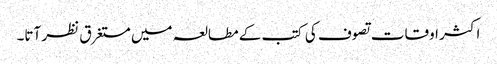
اکثر اوقات تصوف کی کتب کے مطالعہ میں مستغرق نظر آتا۔